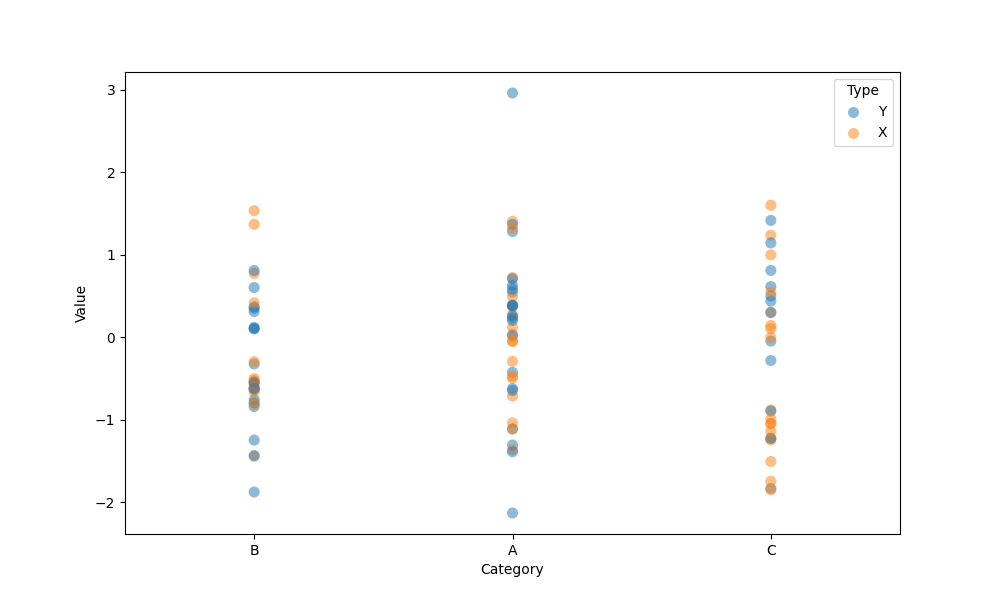
python, seaborn, stripplot, jitter=False, dodge=False, alpha=0.5, size=8